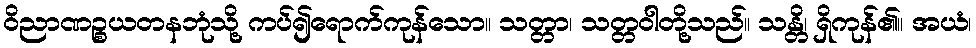
ဝိညာဏဉ္စယတနဘုံသို့ ကပ်၍ရောက်ကုန်သော။ သတ္တာ၊ သတ္တဝါတို့သည်။ သန္တိ၊ ရှိကုန်၏။ အယံ၊